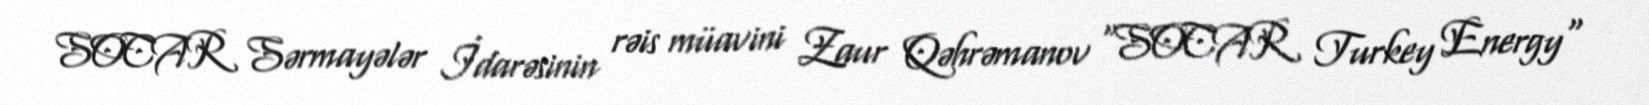
SOCAR Sərmayələr İdarəsinin rəis müavini Zaur Qəhrəmanov "SOCAR Turkey Energy"